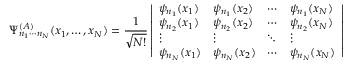
\Psi _ { n _ { 1 } \cdots n _ { N } } ^ { ( A ) } ( x _ { 1 } , \ldots , x _ { N } ) = { \frac { 1 } { \sqrt { N ! } } } \left| { \begin{array} { l l l l } { \psi _ { n _ { 1 } } ( x _ { 1 } ) } & { \psi _ { n _ { 1 } } ( x _ { 2 } ) } & { \cdots } & { \psi _ { n _ { 1 } } ( x _ { N } ) } \\ { \psi _ { n _ { 2 } } ( x _ { 1 } ) } & { \psi _ { n _ { 2 } } ( x _ { 2 } ) } & { \cdots } & { \psi _ { n _ { 2 } } ( x _ { N } ) } \\ { \vdots } & { \vdots } & { \ddots } & { \vdots } \\ { \psi _ { n _ { N } } ( x _ { 1 } ) } & { \psi _ { n _ { N } } ( x _ { 2 } ) } & { \cdots } & { \psi _ { n _ { N } } ( x _ { N } ) } \end{array} } \right|